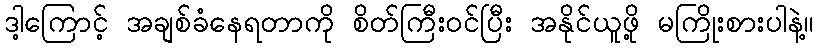
ဒါ့ကြောင့် အချစ်ခံနေရတာကို စိတ်ကြီးဝင်ပြီး အနိုင်ယူဖို့ မကြိုးစားပါနဲ့။